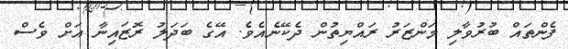
ފެންތައް ބުރުވާލި މަންޒަރު ރައްޔިތުން ދެކޭނެއެވެ. އޭގެ ބަދަލު ރޮޒައިނާ އަށް ވެސް